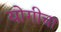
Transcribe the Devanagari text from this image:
योगीचा